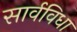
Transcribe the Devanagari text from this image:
सार्वविधा